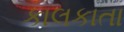
કાલકાતા